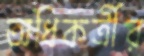
অধিকর্ত্রীর